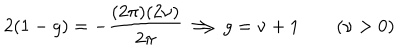
2 ( 1 - g ) = - \frac { ( 2 \pi ) ( 2 \nu ) } { 2 \pi } \Longrightarrow g = \nu + 1 \qquad ( \nu > 0 )